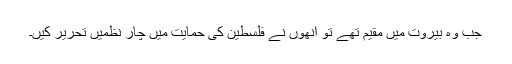
جب وہ بیروت میں مقیم تھے تو انھوں نے فلسطین کی حمایت میں چار نظمیں تحریر کیں۔